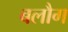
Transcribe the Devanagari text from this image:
बलौग